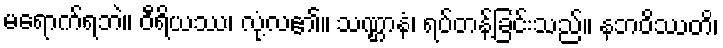
မရောက်ရဘဲ။ ဝီရိယဿ၊ လုံ့လ၏။ သဏ္ဌာနံ၊ ရပ်တန့်ခြင်းသည်။ နဘဝိဿတိ၊